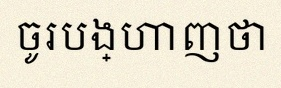
ចូរបង្ហាញថា